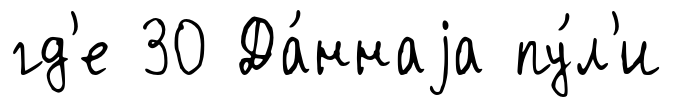
гд'е 30 Да́ннаjа пу́л'и